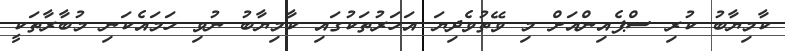
ކާމިޔާބު ކުރި ސްޕެއިންއަށް މި ވޭތުވެދިޔަ އަހަރުތަކުގައި ކާމިޔާބު ނުވި ހަމައެކަނި މުބާރާތަކީ